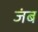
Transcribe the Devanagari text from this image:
जंब